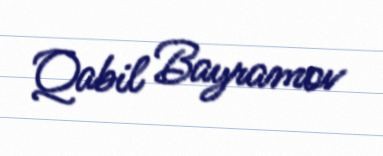
Qabil Bayramov